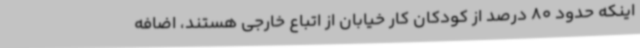
اینکه حدود 80 درصد از کودکان کار خیابان از اتباع خارجی هستند، اضافه